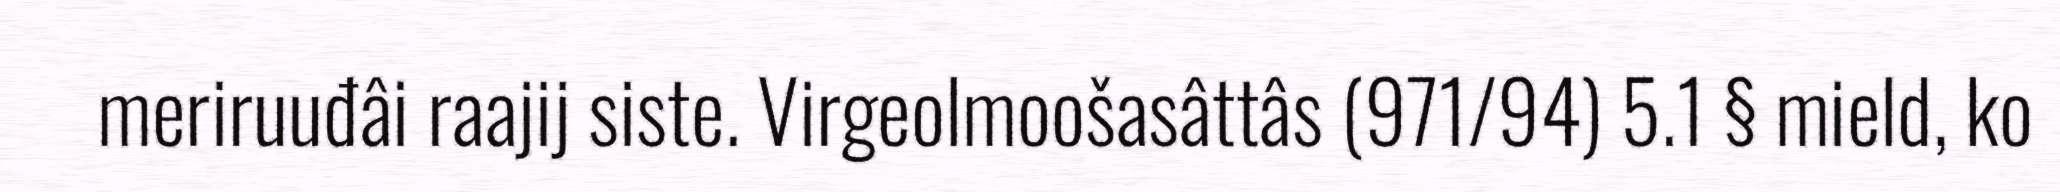
meriruuđâi raajij siste. Virgeolmoošasâttâs (971/94) 5.1 § mield, ko